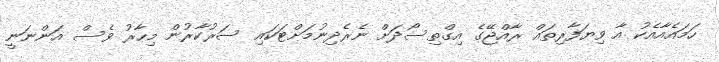
ހަމައެއާއެކު އާ ވިޔަފާރިތައް ރާއްޖޭގެ އިގްތިސޯދަށް ނެރެދިނުމަށްޓަކައި ސަރުކާރުން މިހާރު ވެސް އަންނަނީ